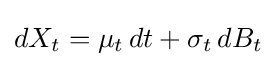
dX_{t}=\mu _{t}\,dt+\sigma _{t}\,dB_{t}